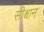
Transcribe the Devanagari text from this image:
सीश्वान